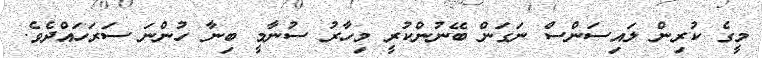
މީގެ ކުރިން ލައިސަންސް ނަގަން ބޭނުންކުރީ މިހާރު ސުނާމީ ބިނާ ހުންނަ ސަރަހައްދެވެ.